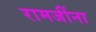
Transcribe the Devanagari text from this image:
रामजींना